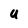
Character: u